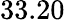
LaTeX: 33.20